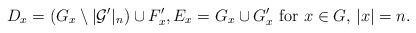
LaTeX: \begin{align*} D_x = (G_x \setminus |\mathcal{G}'|_n) \cup F'_x, E_x = G_x \cup G'_x \textrm{ for } x \in G, \, |x| = n. \end{align*}